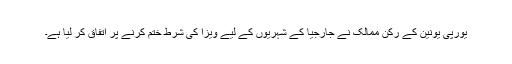
یورپی یونین کے رکن ممالک نے جارجیا کے شہریوں کے لیے ویزا کی شرط ختم کرنے پر اتفاق کر لیا ہے۔